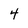
Character: 4